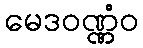
မေဒဝဏ္ဏံဝ